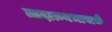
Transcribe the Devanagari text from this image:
तादात्म्यभावाची